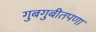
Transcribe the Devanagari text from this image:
गुबगुबीतपणा